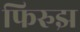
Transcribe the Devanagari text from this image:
फिरुझ